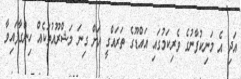
އަދި އެ މަނިކުފާނުގެ ވެރިކަމުގައި އައްޑޫގެ ތަރައްގީ އަށް ގިނަ މަޝްރޫއުތަކެއް ހިންގާފައިވާ